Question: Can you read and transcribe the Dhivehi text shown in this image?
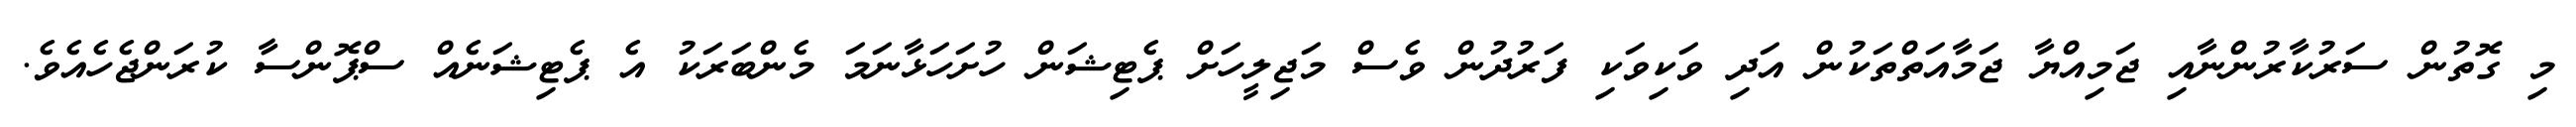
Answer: މި ގޮތުން ސަރުކާރުންނާއި ޖަމިއްޔާ ޖަމާއަތްތަކުން އަދި ވަކިވަކި ފަރުދުން ވެސް މަޖިލީހަށް ޕެޓިޝަން ހުށަހަޅާނަމަ މެންބަރަކު އެ ޕެޓިޝަނެއް ސްޕޮންސާ ކުރަންޖެހެއެވެ.